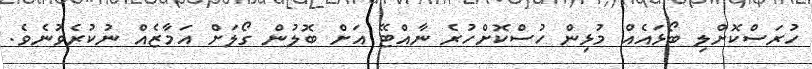
ހުރަސްކޮށްލި ބޯޅައެއް މުޅިން ހުސްކޮށްހުރެ ނާއްޓޭ އަށް ބޮލުން ގޯލަށް އަމާޒެއް ނުކުރެވުނެވެ.